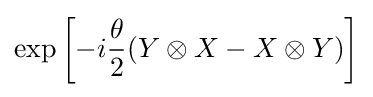
\exp \left[-i{\frac {\theta }{2}}(Y\otimes X-X\otimes Y)\right]